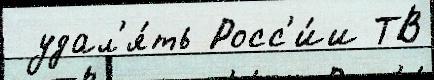
 удал'я́ть Росс'и́и ТВ